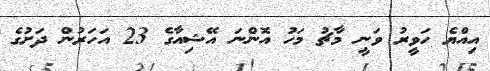
އިއްޔެ ހަވީރު ވަނީ މާޗު މަހު އޮންނަ އޭޝިއާގެ 23 އަހަރުން ދަށުގެ